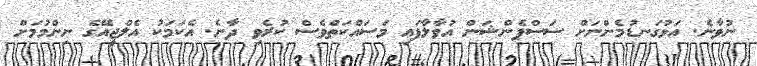
ނުވާނެ. އަޅުގަނޑުމެންނަށް ސަސްޕެންޝަން އުވާލާފައި މަސައްކަތްވެސް ކުރެވި ދާނެ. އެކަމަކު އެލްޖީއޭގެ ނިންމުމަށް